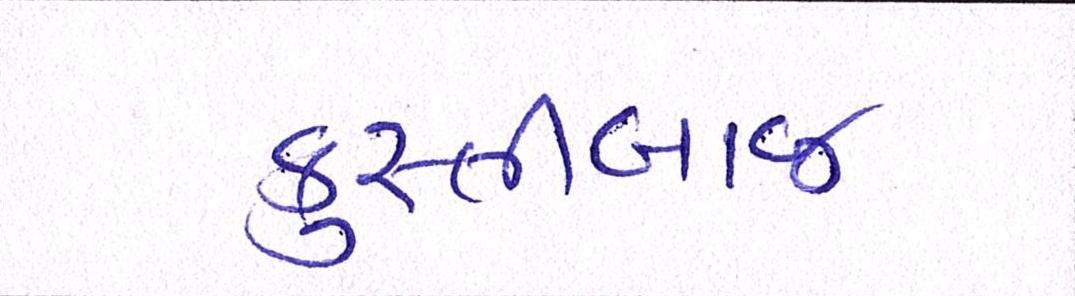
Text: કુસ્તીબાજ